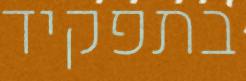
בתפקיד